Tezpur Lunatic Asylum reports 1877-1894 - 1877-1894
Year: 1877
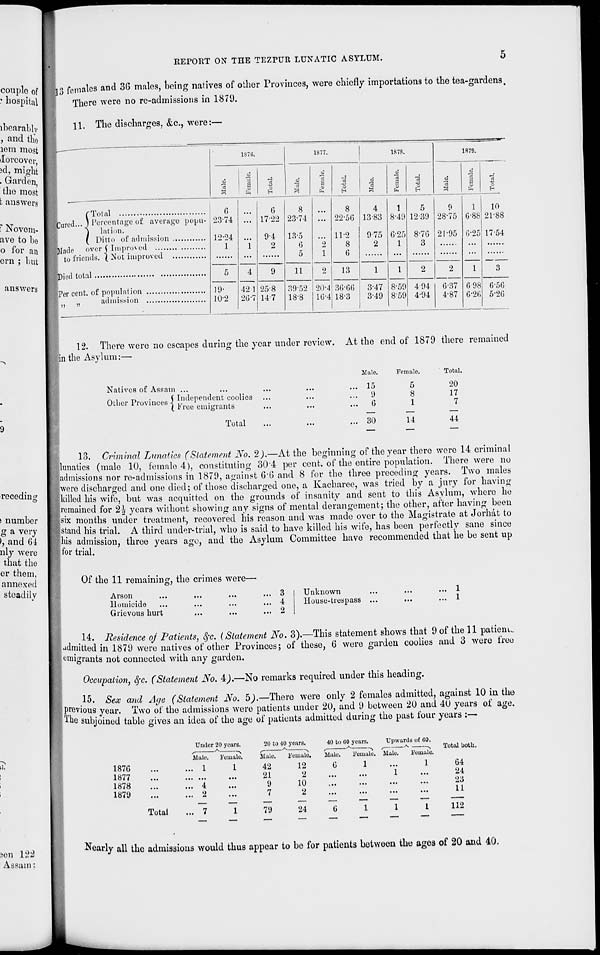
REPORT ON THE TEZPUR LUNATIC ASYLUM.
0
couplo of I vi3 females and 3G males, being natives of other Provinces, were chiefly importations to the tea-gardens.
* hospital I
There were no re-admissions in 1879.
ibearably
, and tho
lem most
iloreover
Jd, might
. Garden
the most
f c answers
? Novem-
ave to bo
o for an
em ; but
answers
11. The discharges, &c, were:—
1870.
a
8
1877.
1878.
a
o
H
cj
I
fa
C5
o
H
1879.
"3
3
3
S
f Total
jjured... J Percentage of average popu-
j lation.
( Ditto of admission
Jladf over j Improved
| to friends. ( Not improved
Ujicd total
iper cent, of population
admission
6
23-74
12-24
1
19-
10-2
42 1
26-7
G
17-22
9-4
2
25-8
147
8
23-74
13-5
6
5
11
3952
18-8
20-4
10-4
8
22-56
11-2
8
G
13
36-66
18-3
1383
975
2
1
3-47
3-49
1
8-49
G-25
1
1
8-59
859
5
1239
8-7G
3
0
28-75
21-95
494
4-94
G-37
4-87
1
G-88
G-2(
1
6-98
6-26
10
21-88
17-54
3
G-56
5-2G
12. There were no escapes during the year under review. At the end of 1879 there remained
Bn the Asylum:—
Natives of Assam ...
Other Provinces \ ^dependent coolies ...
I Dree emigrants
Total
Male.
15
9
6
30
Female.
5
8
1
14
Total.
20
17
7
44
receding
) number
g a very
>, and 64
nly were
that the
er them,
annexed
steadily
a.
son 122
Assam:
13. Criminal Lunatics (Statement No. 2).—At the beginning of the year there were 14 criminal
lunatics (male 10, female 4), constituting 30-4 per cent, of the entire population. There were no
admissions nor re-admissions in 1879, against 6'6 and 8 for the three preceding years. Two males
were discharged and one died; of those discharged one, a Kacharee, was tried by a jury for having
killed his wife, but was acquitted on the grounds of insanity and sent to this Asylum, where he
remained for 2h years without showing any signs of mental derangement; the other, after having been
six months under treatment, recovered his reason and was made over to the Magistrate at Jorhat to
stand his trial. A third under-trial, who is said to have killed his wife, has been perfectly sane since
Ms admission, three years ago, and the Asylum Committee have recommended that he be sent up
for trial.
Of the 11 remaining, the crimes were-
Arson
Homicide
Grievous hurt
3
4
Unknown
House-trespass
1
1
14. Residence oj Patients, §c. (Statement No. 3).—This statement shows that 9 of the 11 patient-
admitted in 1879 wore natives of other Provinces; of these, 6 were garden coolies and 3 were tree
emigrants not connected with any garden.
Occupation, Sfc. (Statement No. A).—No remarks required under this heading.
15. Sex and Aye (Statement No. 5).—There were only 2 females admitted, against 10 in the
previous year. Two of the admissions were patients under 20, and 9 between 20 and 40 years of age.
-lite subjoined table gives an idea of the age of patients admitted during the past four years :—
1876
1877
1878
1879
Total
Nearly all the admissions would thus appear to be for patients between the ages of 20 and 40.
Unde r 20 years.
Female.
20 to 40 years.
40 to GO years.
Upw arils of GO.
Total both
Male.
Hale.
i'emale.
Male.
Female. Male. Female.
. 1
1
42
12
6
1
1
64
"i
2
...
21
9
7
2
10
2
...
:::
1
...
24
23
11
7
1
79
24
G
1
1
1
112